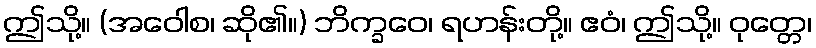
ဤသို့။ (အဝေါစ၊ ဆို၏။) ဘိက္ခဝေ၊ ရဟန်းတို့။ ဧဝံ၊ ဤသို့။ ဝုတ္တေ၊